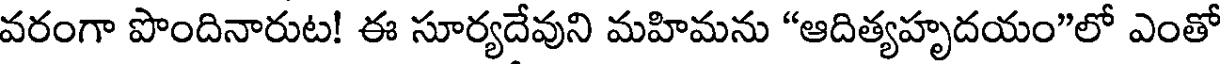
వరంగా పొందినారుట! ఈ సూర్యదేవుని మహిమను "ఆదిత్యహృదయం"లో ఎంతో